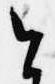
今